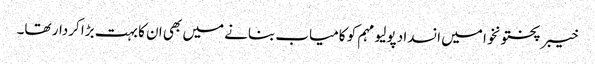
خیبر پختونخوا میں انسداد پولیو مہم کو کامیاب بنانے میں بھی ان کا بہت بڑا کردار تھا۔